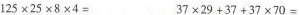
$$1 2 5 \times 2 5 \times 8 \times 4 =$$ $$3 7 \times 2 9 + 3 7 + 3 7 \times 7 0 =$$